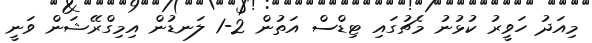
މިއަދު ހަވީރު ކުޅުނު މެޗުގައި ޓިޑްސް އަތުން 2-1 ލަނޑުން އިމިގްރޭޝަން ވަނީ